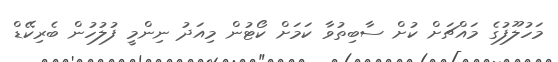
މަހުލޫފުގެ މައްޗަށް ކުށް ސާބިތުވާ ކަމަށް ކޯޓުން މިއަދު ނިންމީ ފުލުހުން ބެރިކޭޑް